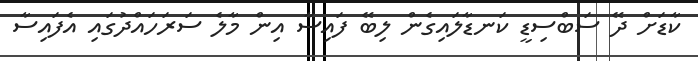
ކާޑަށް ދޭ ސަބްސިޑީ ކަނޑާލައިގެން ލިބޭ ފައިސާ އިން މާލެ ސަރަހައްދުގައި އެފައިސާ